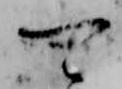
可